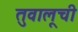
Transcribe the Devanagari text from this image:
तुवालूची